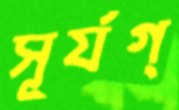
সূর্যগ্